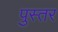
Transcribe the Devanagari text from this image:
पुस्तर